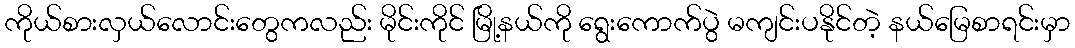
ကိုယ်စားလှယ်လောင်းတွေကလည်း မိုင်းကိုင် မြို့နယ်ကို ရွေးကောက်ပွဲ မကျင်းပနိုင်တဲ့ နယ်မြေစာရင်းမှာ